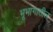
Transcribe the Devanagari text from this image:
भूभागातील